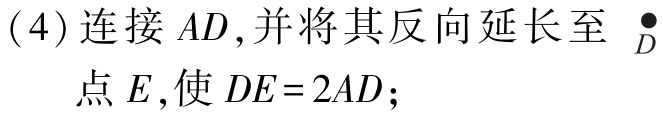
(4) 连接 \(AD\), 并将其反向延长至点 \(E\), 使 \(DE = 2AD\);